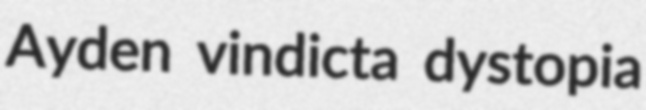
Ayden vindicta dystopia